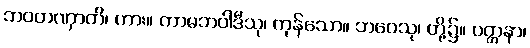
ဘဝတဏှာတိ၊ ကား။ ကာမဘဝါဒီသု၊ ကုန်သော။ ဘဝေသု၊ တို့၌။ ပတ္တနာ၊